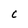
Character: C